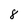
Character: 8